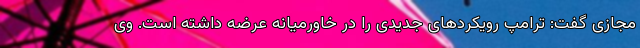
مجازی گفت: ترامپ رویکردهای جدیدی را در خاورمیانه عرضه داشته است. وی